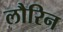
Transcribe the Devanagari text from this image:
लौरिन